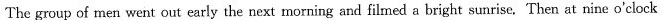
The group of men went out early the next morning and filmed a bright sunrise. Then at nine o'clock